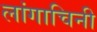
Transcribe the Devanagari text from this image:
लांगाचिनी